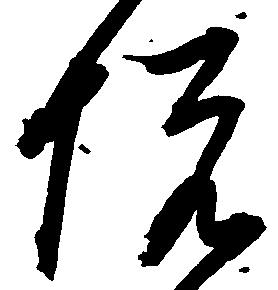
悦